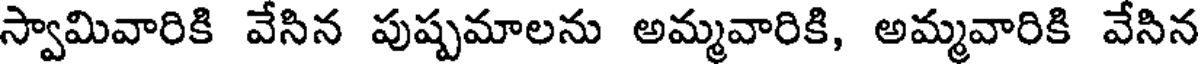
స్వామివారికి వేసిన పుష్పమాలను అమ్మవారికి, అమ్మవారికి వేసిన